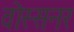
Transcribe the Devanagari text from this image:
वोस्सनर